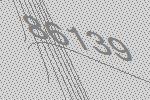
86139